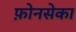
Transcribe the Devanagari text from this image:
फ़ोनसेका